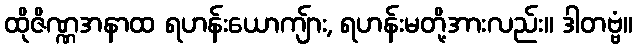
ထိုဇိဏ္ဏအနာထ ရဟန်းယောကျ်ား, ရဟန်းမတို့အားလည်း။ ဒါတဗ္ဗံ။